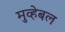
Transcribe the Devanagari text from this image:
मुव्हेबल